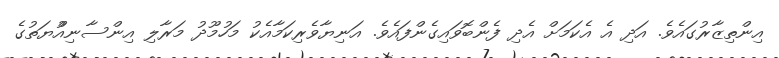
އިންތިޒާރުގައެވެ. އަދި އެ އެކަމަށް އެދި ފެންބޮވައިގެންފައެވެ. އަނިޔާވެރިކަމާއެކު މަހުމޫދު މަރާލި އިންސާނިއްުޔަތުގެ